Problem: 9 × 9 = ?
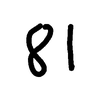
Handwritten answer: 81